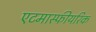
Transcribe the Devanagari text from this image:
एटमास्फीयरिक